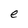
Character: e